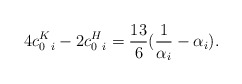
\begin{align*}4 c_{0\ i}^{K} - 2 c_{0\ i}^{H}={13\over 6}({1\over \alpha_i}-\alpha_i).\end{align*}